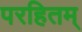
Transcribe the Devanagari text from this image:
परहितम्